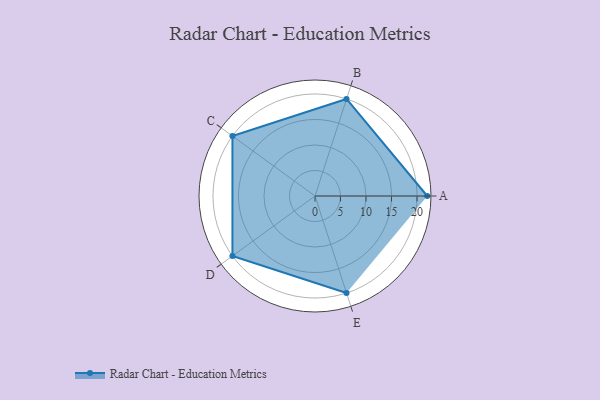
{"axis": {"x": "Skill", "y": "Score"}, "legend": ["Profile"], "data": [{"x": "A", "y": 22.0, "type": "Profile"}, {"x": "B", "y": 20.0, "type": "Profile"}, {"x": "C", "y": 20, "type": "Profile"}, {"x": "D", "y": 20, "type": "Profile"}, {"x": "E", "y": 20, "type": "Profile"}]}